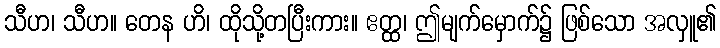
သီဟ၊ သီဟ။ တေန ဟိ၊ ထိုသို့တပြီးကား။ ဧတ္ထ၊ ဤမျက်မှောက်၌ ဖြစ်သော အလှူ၏